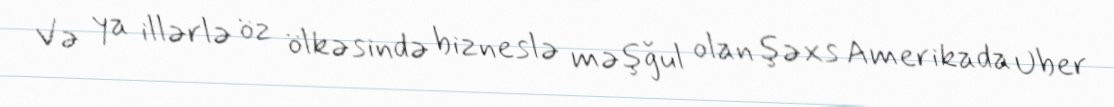
Və ya illərlə öz ölkəsində bizneslə məşğul olan şəxs Amerikada Uber